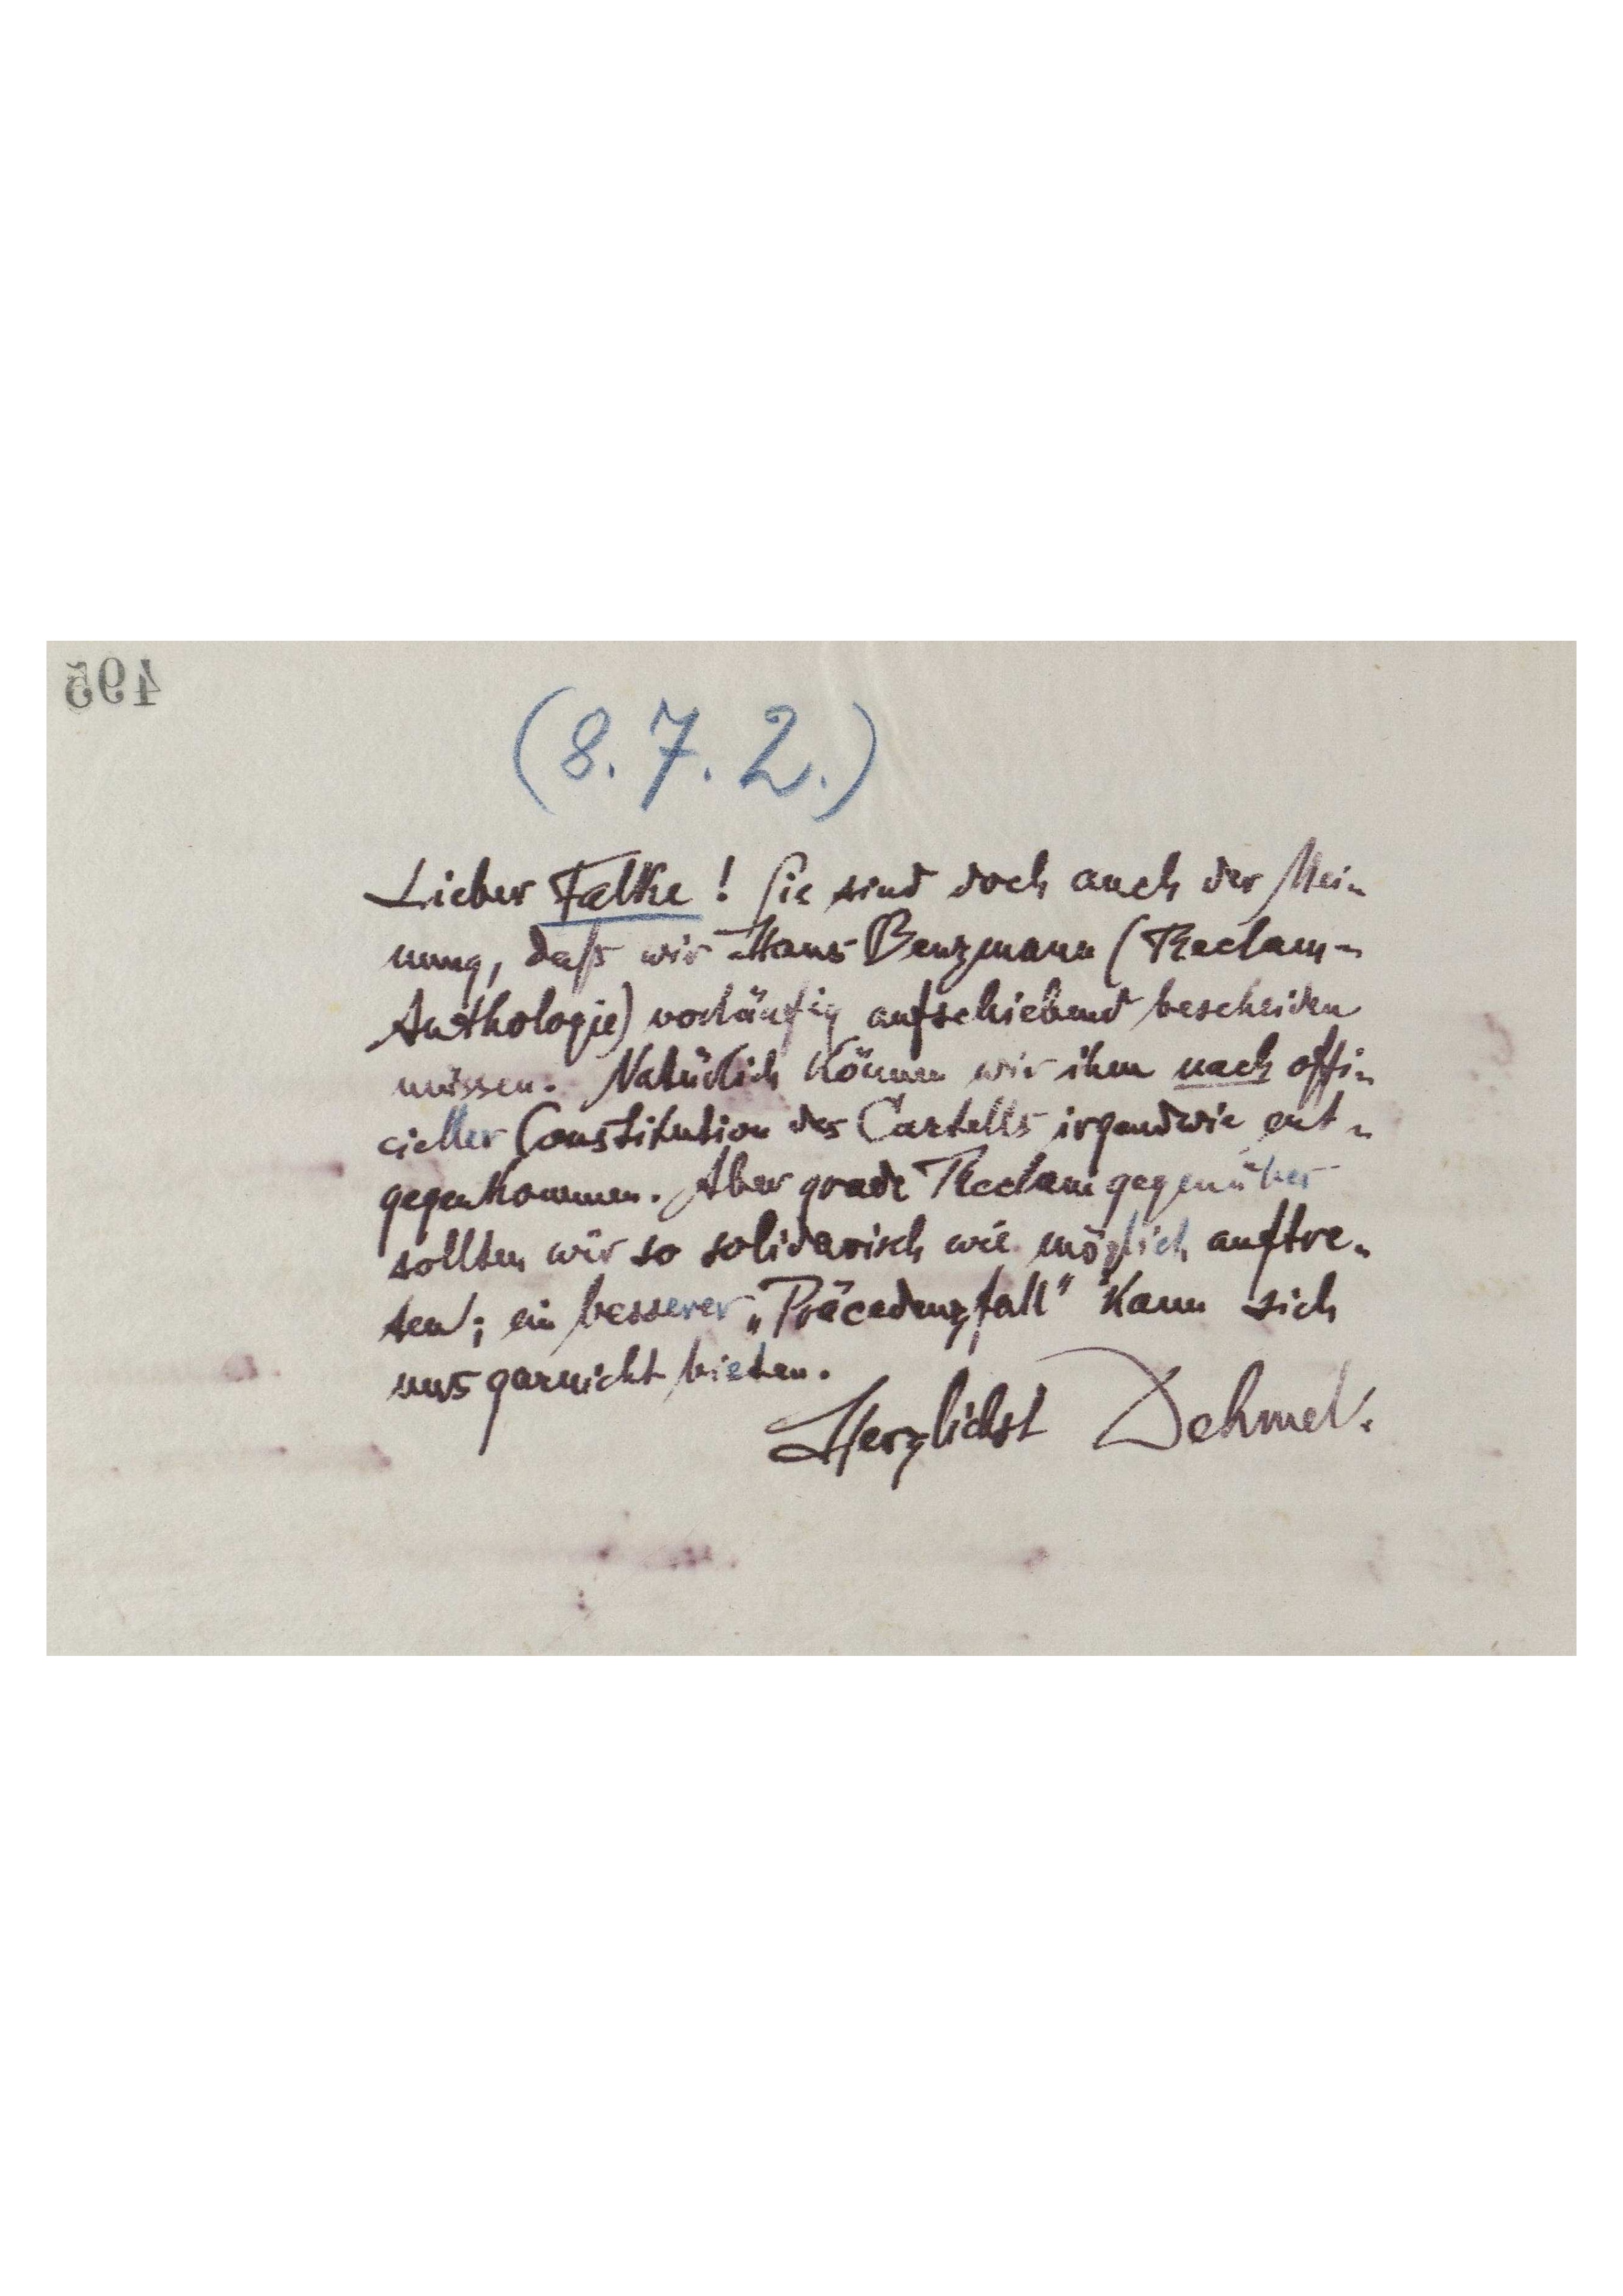
(8.7.2.)
Lieber Falke ! Sie sind doch auch der Mei-
nung, daß wir Hans Bergmann (Reclam-
Anthologie) vorläufig aufschiebend bescheiden
müssen. Natürlich können wir ihm nach offi-
cieller Constitution des Cartells irgendwie ent-
gegenkommen. Aber grade Reclam gegenüber
sollten wir so solidarisch wie möglich auftre-
ten; ein besserer "Präcedenzfall" kann sich
uns garnicht bieten.
Herzlichst Dehmel